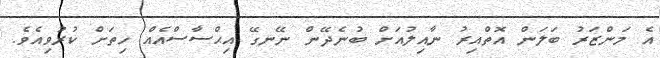
އެ މަންޒަރު ބަލަން އޮތްއިރު ނާއިލުއަށް ބުނެދޭން ނޭނގޭ އިޙްސާސްއެއް ހިތަށް ކުރުވިއެވެ.